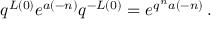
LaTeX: q ^ { L ( 0 ) } e ^ { a ( - n ) } q ^ { - L ( 0 ) } = e ^ { q ^ { n } a ( - n ) } \, .